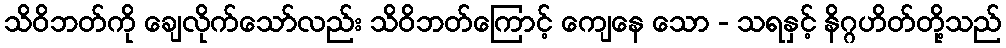
သိဝိဘတ်ကို ချေလိုက်သော်လည်း သိဝိဘတ်ကြောင့် ကျေနေ သော - သရနှင့် နိဂ္ဂဟိတ်တို့သည်